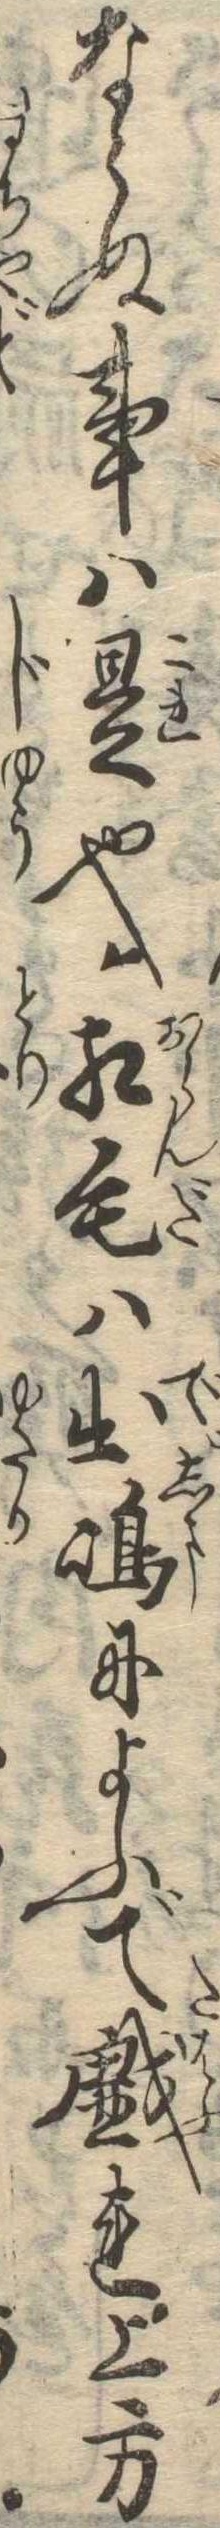
ならぬ事は是也紅毛は出島によふで戯れ上方